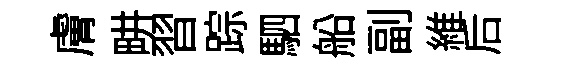
膚畊習踪駟船副維后